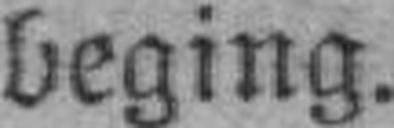
beging.